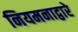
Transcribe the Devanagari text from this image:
नियमनाद्वारे